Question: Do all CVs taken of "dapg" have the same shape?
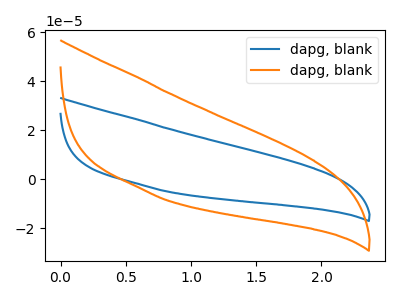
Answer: <think>The blue curve "dapg, blank1" has no peaks. The orange curve "dapg, blank2" has no peaks.
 Neither "dapg, blank1" or "dapg, blank2" have any peaks.</think>
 <answer>All the CV's of "dapg" have similar shape.</answer>
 <eval>follow_rule</eval>